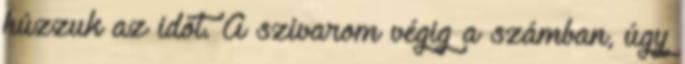
húzzuk az időt. A szivarom végig a számban, úgy